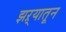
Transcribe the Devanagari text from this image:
झऱ्यातून